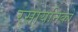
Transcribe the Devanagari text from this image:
रसायनिकों